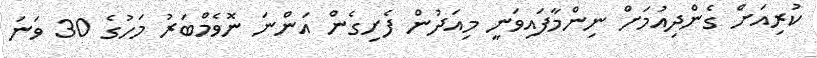
ކުރިއަށް ގެންދިއުމަށް ނިންމާފައިވަނީ މިއަދުން ފެށިގެން އަންނަ ނޮވެމްބަރު މަހުގެ 30 ވަނަ